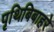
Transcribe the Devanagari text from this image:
पृथिबिबाहरे